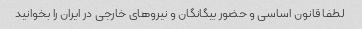
لطفا قانون اساسی و حضور بیگانگان و نیروهای خارجی در ایران را بخوانید